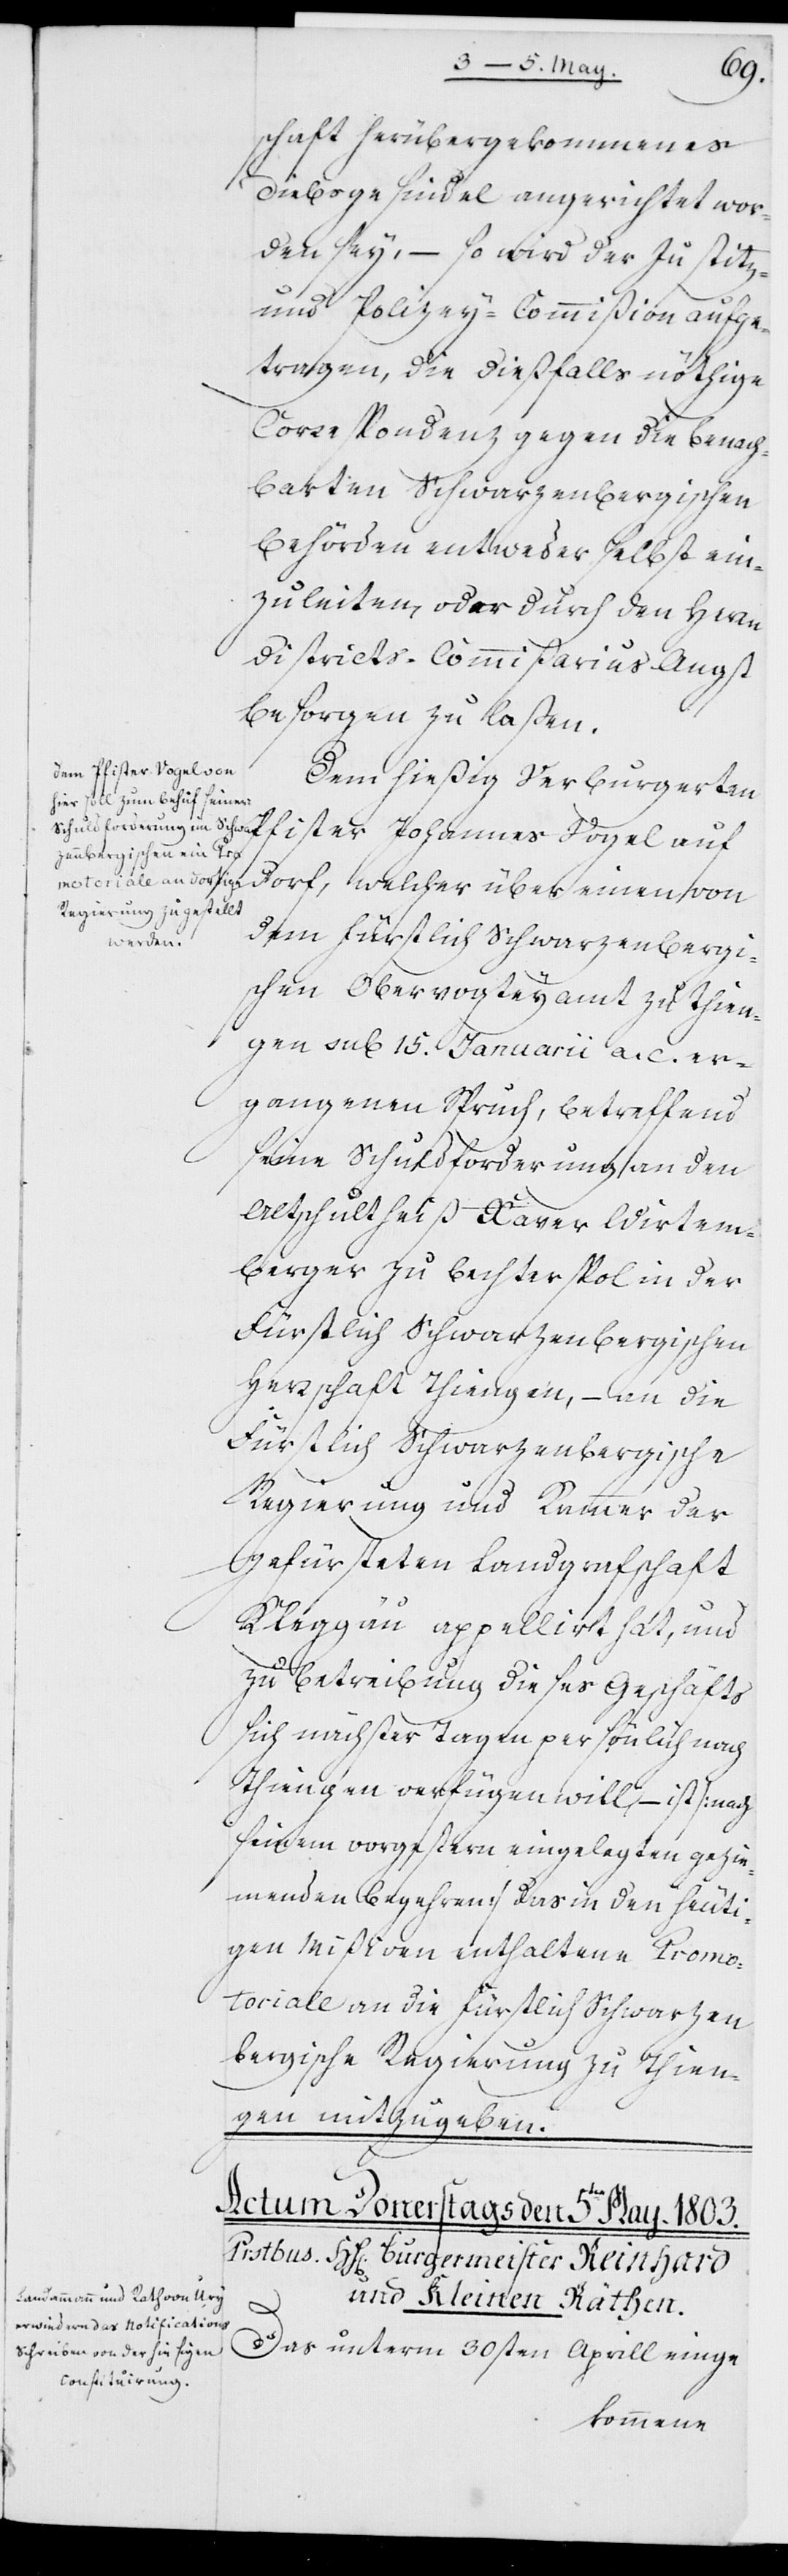
schaft herübergekommenes
Diebsgesindel angerichtet wor¬
den sey, so wird der Justitz-
und Polizey-Commißion aufge¬
tragen, die dießfalls nöthige
Correspondenz gegen die benach¬
barten Schwarzenbergischen
Behörden entweder selbst ein¬
zuleiten, oder durch den Herrn
Districts-Commißarius Angst
besorgen zu laßen.
Dem hießig verburgerten
Dorf, welcher über einen von
dem Fürstlich Schwarzenbergi¬
schen Obervogteyamt zu Thien¬
gen sub 15. Januarii a. c. er¬
gangenen Spruch, betreffend
seine Schuldforderung an den
Altschultheiß Xaver Wirtem¬
berger zu Bechterspol, in der
Fürstlich Schwarzenbergischen
Herrschaft Thiengen, – an die
Fürstlich Schwarzenbergische
Regierung und Kammer der
gefürsteten Landgrafschaft
Kleggau appellirt hat, und
zu Betreibung dieses Geschäfts
sich nächster Tage persönlich nach
Thiengen verfügen will, – ist (nach
seinem vorgestern eingelegten gezie¬
menden Begehren) das in den heuti¬
gen Mißiven enthaltene Promo¬
toriale an die Fürstlich Schwarzen¬
bergische Regierung zu Thien¬
gen mitzugeben.
Das unterm 30sten Aprill einge-